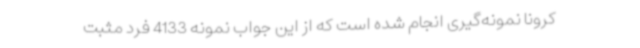
کرونا نمونه‌گیری انجام شده است که از این جواب نمونه 4133 فرد مثبت